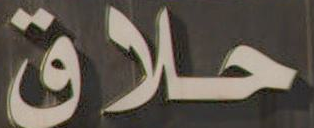
حلاق